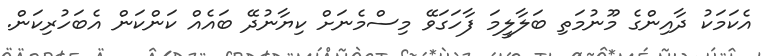
އެކަމަކު ދާއިންގެ މޫނުމަތި ބަލާލީމަ ފާހަގަވޭ މިސްމެނަށް ކިޔާނުދޭ ބައެއް ކަންކަން އެބަހުރިކަން.